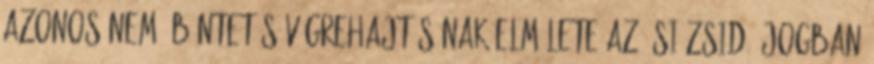
azonos nemű büntetés végrehajtásának elmélete az ősi zsidó jogban